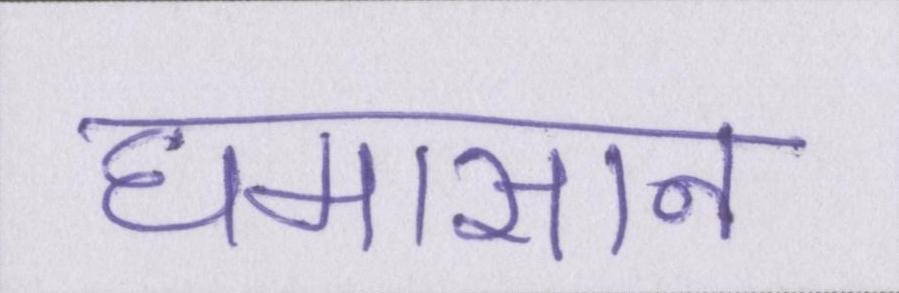
घमासान